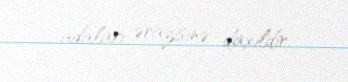
adaları ərazisinə daxildir.